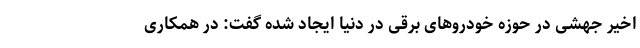
اخیر جهشی در حوزه خودروهای برقی در دنیا ایجاد شده گفت: در همکاری